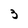
Character: 3